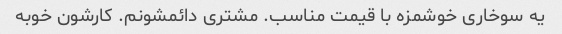
یه سوخاری خوشمزه با قیمت مناسب. مشتری دائمشونم. کارشون خوبه